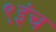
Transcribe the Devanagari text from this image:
९इंच